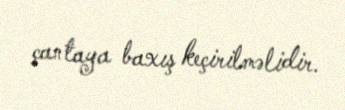
çantaya baxış keçirilməlidir.